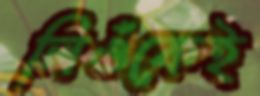
লিওঁকেই